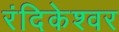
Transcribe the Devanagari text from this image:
रंदिकेश्वर